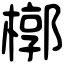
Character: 槨